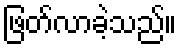
ဖြတ်လာခဲ့သည်။